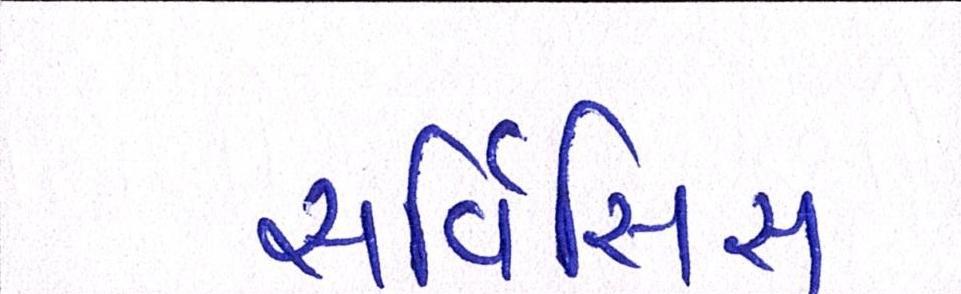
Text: સર્વિસિસ